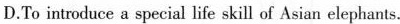
D.To introduce a special life skill of Asian elephants.